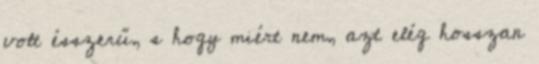
volt ésszerű, s hogy miért nem, azt elég hosszan